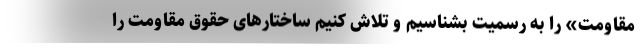
مقاومت» را به رسمیت بشناسیم و تلاش کنیم ساختارهای حقوق مقاومت را